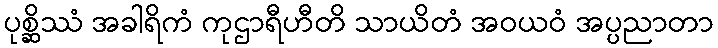
ပုစ္ဆိဿံ အခါရိကံ ကုဌာရီဟီတိ သာယိတံ အဝယဝံ အပ္ပညာတာ